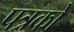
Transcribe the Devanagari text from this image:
पत्रको